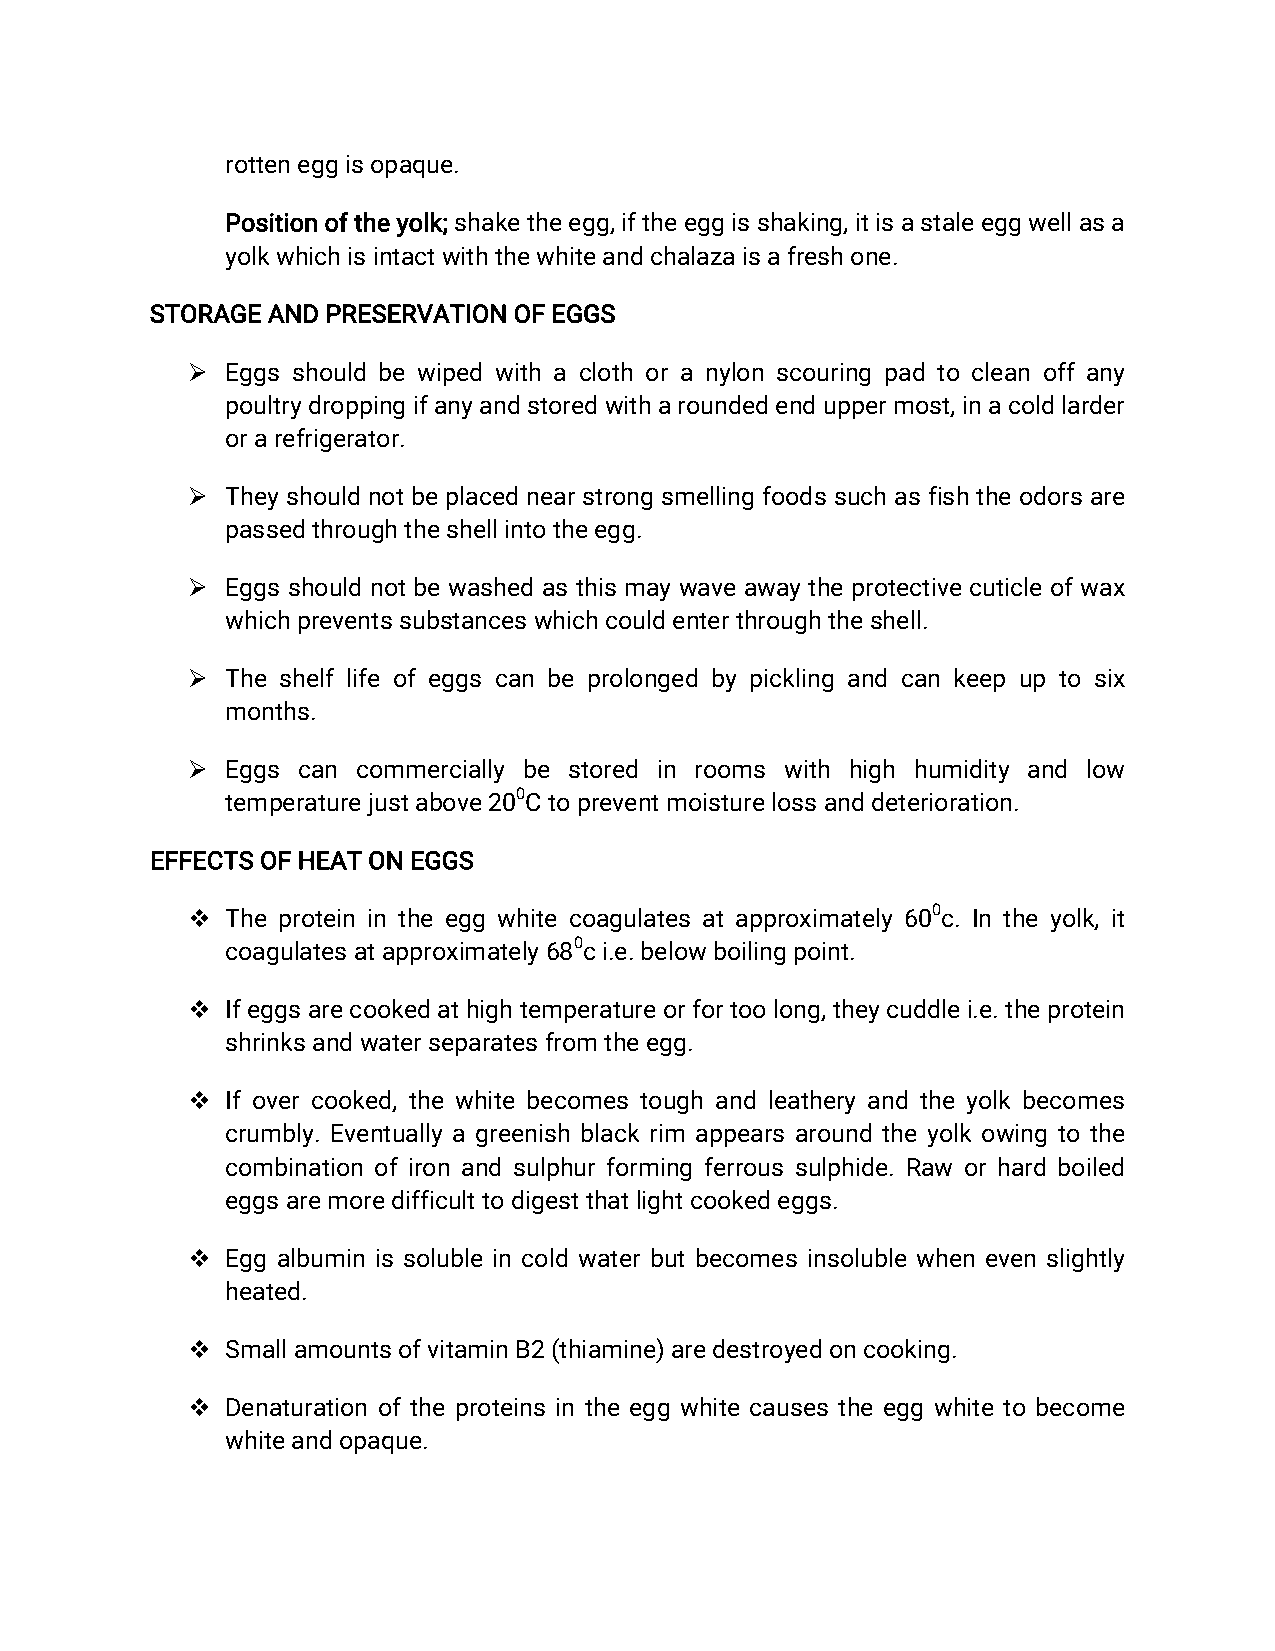
rotteneggisopaque.
 Positionoftheyolk;shaketheegg,iftheeggisshaking,itisastaleeggwellasa
 yolkwhichisintactwiththewhiteandchalazaisafreshone.
 STORAGEANDPRESERVATIONOFEGGS
   Eggsshouldbewipedwithaclothoranylonscouringpadtocleanoffany
 poultrydroppingifanyandstoredwitharoundedenduppermost,inacoldlarder
 orarefrigerator.
   Theyshouldnotbeplacednearstrongsmellingfoodssuchasfishtheodorsare
 passedthroughtheshellintotheegg.
   Eggsshouldnotbewashedasthismaywaveawaytheprotectivecuticleofwax
 whichpreventssubstanceswhichcouldenterthroughtheshell.
   Theshelflifeofeggscanbeprolongedbypicklingandcankeepuptosix
 months.
   Eggscan  commerciallybestored in roomswith high humidityand low
 temperaturejustabove200Ctopreventmoisturelossanddeterioration.
 EFFECTSOFHEATONEGGS
   Theproteinintheeggwhitecoagulatesatapproximately600c.Intheyolk,it
 coagulatesatapproximately680ci.e.belowboilingpoint.
   Ifeggsarecookedathightemperatureorfortoolong,theycuddlei.e.theprotein
 shrinksandwaterseparatesfromtheegg.
   Ifovercooked,thewhitebecomestoughandleatheryandtheyolkbecomes
 crumbly.Eventuallyagreenishblackrim appearsaroundtheyolkowingtothe
 combinationofironandsulphurformingferroussulphide.Raworhardboiled
 eggsaremoredifficulttodigestthatlightcookedeggs.
   Eggalbuminissolubleincoldwaterbutbecomesinsolublewhenevenslightly
 heated.
   SmallamountsofvitaminB2(thiamine)aredestroyedoncooking.
   Denaturationoftheproteinsintheeggwhitecausestheeggwhitetobecome
 whiteandopaque.